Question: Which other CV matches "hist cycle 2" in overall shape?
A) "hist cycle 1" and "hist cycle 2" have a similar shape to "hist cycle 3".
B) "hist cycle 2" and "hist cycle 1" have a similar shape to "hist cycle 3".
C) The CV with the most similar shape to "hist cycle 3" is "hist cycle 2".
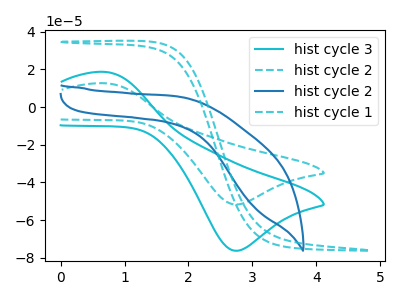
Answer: <think>The cyan curve "hist cycle 3" has an anodic peak at (0.70V, 18.70uA) and a cathodic peak at (2.75V, -76.30uA). The cyan dashed curve "hist cycle 2" has an anodic peak at (0.70V, 12.70uA) and a cathodic peak at (2.75V, -51.70uA). The blue curve "hist cycle 2" has no peaks. The cyan dashed curve "hist cycle 1" has no peaks.
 All the peaks in "hist cycle 3" have a peak in "hist cycle 2" at the same potential. Every peak in "hist cycle 3" is higher than every peak in "hist cycle 2". "hist cycle 3" and "hist cycle 2" have a different number of peaks. "hist cycle 3" and "hist cycle 1" have a different number of peaks. "hist cycle 2" and "hist cycle 2" have a different number of peaks. "hist cycle 2" and "hist cycle 1" have a different number of peaks. Neither "hist cycle 2" or "hist cycle 1" have any peaks.</think>
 <answer>C) The CV with the most similar shape to "hist cycle 3" is "hist cycle 2".</answer>
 <eval>C</eval>